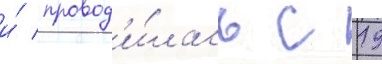
и́ провод'и́лась с 19